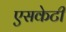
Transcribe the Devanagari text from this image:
एसकेटी